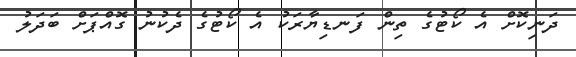
ދަނިކޮށް އެ ކޯޓުގެ ތިން ފަނޑިޔާރަކު އެ ކޯޓުގެ ދެކުނު ގޮއްޕަށް ބަދަލު